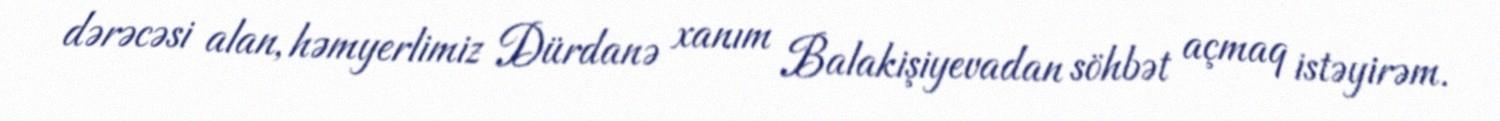
dərəcəsi alan, həmyerlimiz Dürdanə xanım Balakişiyevadan söhbət açmaq istəyirəm.